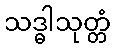
သဒ္ဓါသုတ္တံ